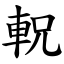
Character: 軦